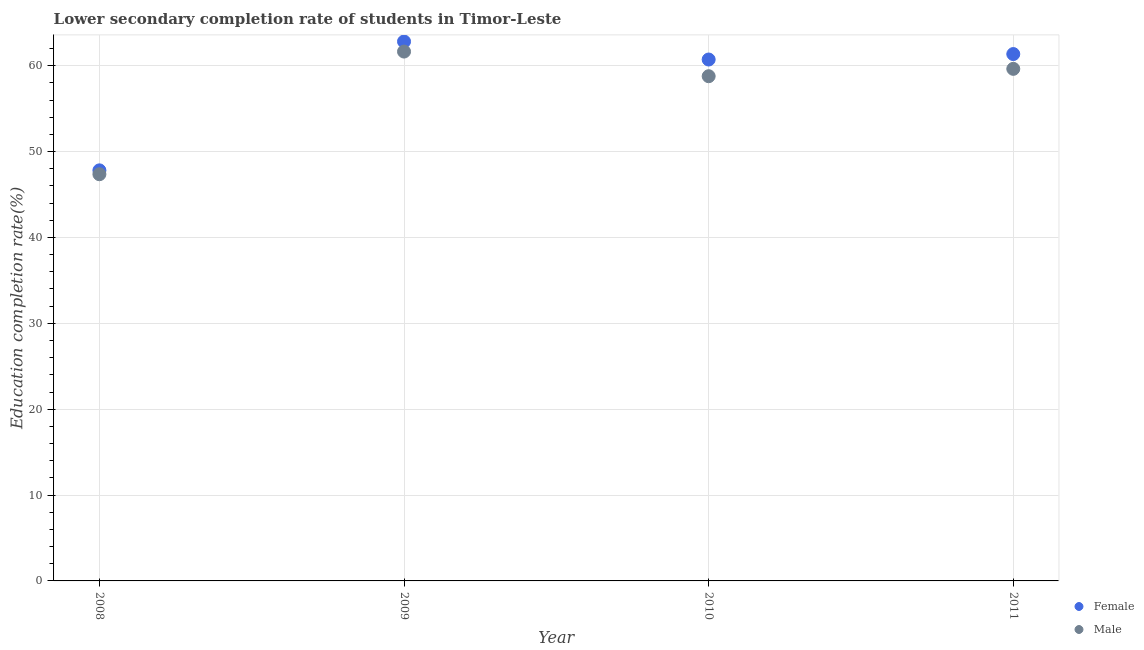
| Year | Female | Male |
 | --- | --- | --- |
 | 2008 | 47.8 | 47.4 |
 | 2009 | 62.8 | 61.6 |
 | 2010 | 60.7 | 58.8 |
 | 2011 | 61.4 | 59.6 |